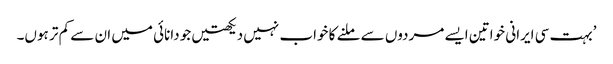
’بہت سی ایرانی خواتین ایسے مردوں سے ملنے کا خواب نہیں دیکھتیں جو دانائی میں ان سے کم تر ہوں۔